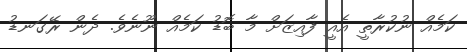
ކަމެއް ނުކުރާތީ އެއީ ފާއިޒަށް މާ ބޮޑު ކަމެއް ނޫނެވެ. ދެން ރޭގަނޑު